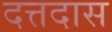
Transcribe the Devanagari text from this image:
दत्तदास